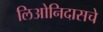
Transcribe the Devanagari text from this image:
लिओनिदासचे